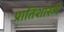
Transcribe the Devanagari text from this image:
प्रातिशाख्ये